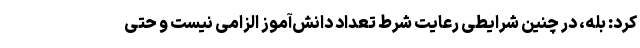
کرد: بله، در چنین شرایطی رعایت شرط تعداد دانش‌آموز الزامی نیست و حتی